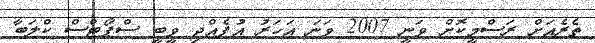
ތެރެއަށް ރަސްމީކޮށް ވަނީ 2007 ވަނަ އަހަރު އުފެއްދި ވީބީ ސްޕޯޓްސް ކްލަބާ